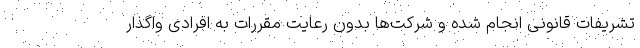
تشریفات قانونی انجام شده و شرکت‌ها بدون رعایت مقررات به افرادی واگذار